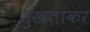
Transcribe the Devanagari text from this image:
सुखतांकर